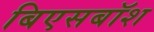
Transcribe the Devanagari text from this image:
बिएसबॉश